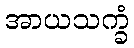
အာယသက္ခံ